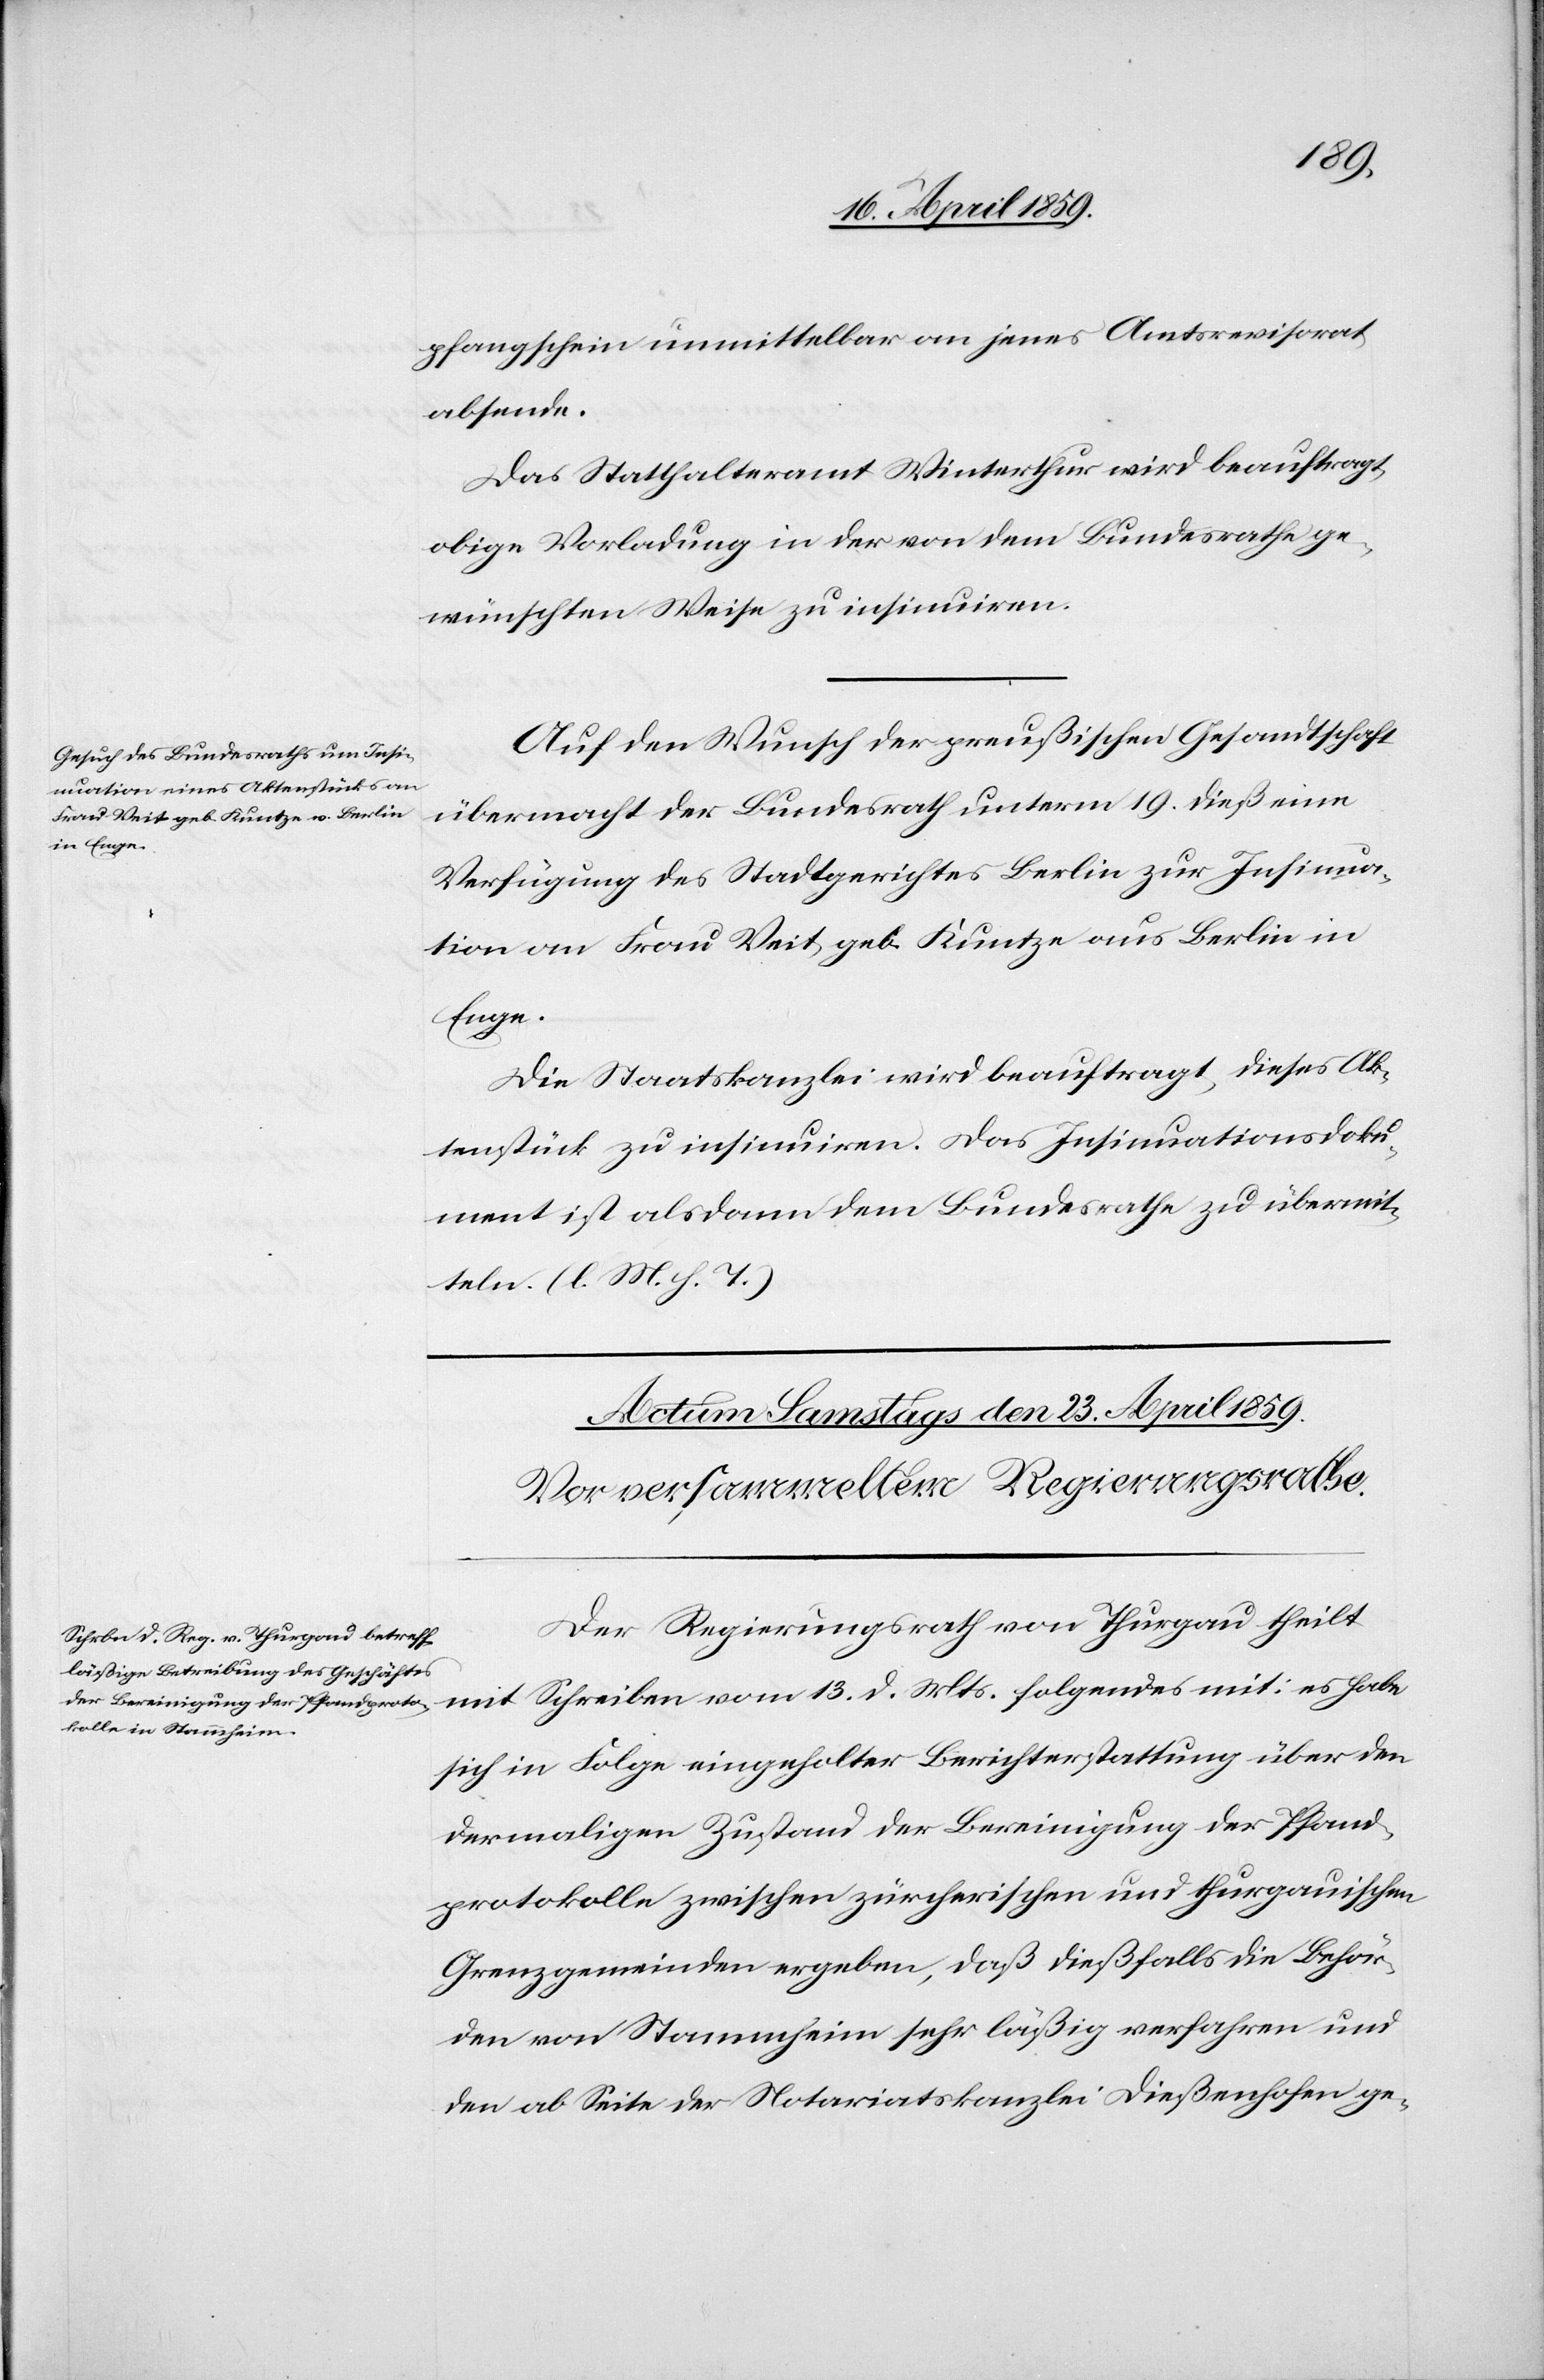
22. April 1859.]
pfangschein unmittelbar an jenes Amtsrevisorat
absende.
Das Statthalteramt Winterthur wird beauftragt,
obige Vorladung in der von dem Bundesrathe ge¬
wünschten Weise zu insinuiren.
Auf den Wunsch der preußischen Gesandtschaft
übermacht der Bundesrath unterm 19. dieß eine
Verfügung des Stadtgerichtes Berlin zur Insinua¬
tion an Frau Veit, geb. Kuntze aus Berlin in
Enge.
Die Staatskanzlei wird beauftragt, dieses Ak¬
tenstück zu insinuiren. Das Insiuationsdoku¬
ment ist alsdann dem Bundesrathe zu übermit¬
teln. (l. M. h. T.)
Der Regierungsrath von Thurgau theilt
mit Schreiben vom 13. d. Mts. folgendes mit: es habe
sich in Folge eingeholter Berichterstattung über den
dermaligen Zustand der Bereinigung der Pfand¬
protokolle zwischen zürcherischen und thurgauischen
Grenzgemeinden ergeben, daß dießfalls die Behör¬
den von Stammheim sehr läßig verfahren und
den ab Seite der Notariatskanzlei Dießenhofen ge-